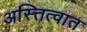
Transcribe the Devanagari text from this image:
अस्त्तित्वात